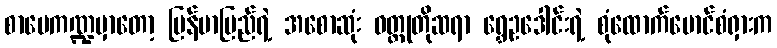
စာပေကဏ္ဍမှာတော့ မြန်မာပြည်ရဲ့ အစောဆုံး ဝတ္ထုတိုဆရာ ရွှေဥဒေါင်းရဲ့ စုံထောက်မောင်စံရှားက